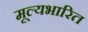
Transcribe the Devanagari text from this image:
मूल्यभारित